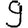
Digit: 9